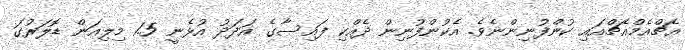
އެޗްއެމްއެޗްއައި ކުންފުނިންނެވެ. އެކުންފުނިން ދެއްްކި ފައިސާގެ އަދަދު އުޅެނީ 1.5 މިލިއަން ޑޮލަރުގަ